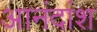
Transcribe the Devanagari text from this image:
आनंदांश